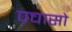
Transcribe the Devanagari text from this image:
पचासो